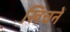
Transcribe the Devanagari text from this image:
खिचनें